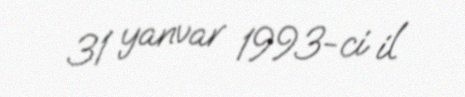
31 yanvar 1993-ci il